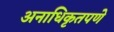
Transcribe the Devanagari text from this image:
अनाधिकृतपणे